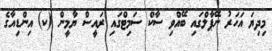
މިދިޔަ އަހަރު ނޭޕާލްގައި ބޭއްވި ސާކް ސަމިޓްގައި ރައީސް ޔާމީން (ކ) އިންޑިއާގެ